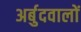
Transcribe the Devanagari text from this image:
अर्बुदवालों